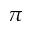
\pi